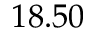
1 8 . 5 0